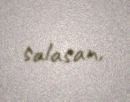
salasan.